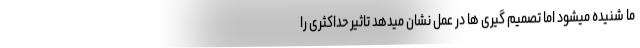
ما شنیده میشود اما تصمیم گیری ها در عمل نشان میدهد تاثیر حداکثری را